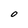
Character: O